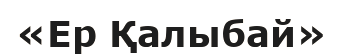
«Ер Қалыбай»